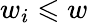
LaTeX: w_{i}\leqslant w